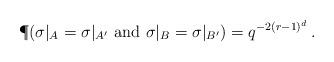
LaTeX: \begin{align*}\P(\sigma|_A = \sigma|_{A'} \mbox{ and }\sigma|_{B} = \sigma|_{B'})=q^{-2(r-1)^d}\,.\end{align*}